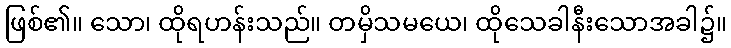
ဖြစ်၏။ သော၊ ထိုရဟန်းသည်။ တမှိသမယေ၊ ထိုသေခါနီးသောအခါ၌။